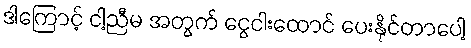
ဒါကြောင့် ငါ့ညီမ အတွက် ငွေငါးထောင် ပေးနိုင်တာပေါ့